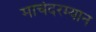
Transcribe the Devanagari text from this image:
मार्चदरम्यान